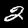
Digit: 2